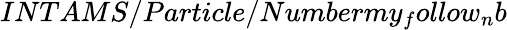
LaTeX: INTAMS/Particle/Numbermy_{f}ollow_{n}b